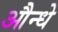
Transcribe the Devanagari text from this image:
औन्धे